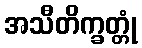
အသီတိက္ခတ္တုံ